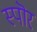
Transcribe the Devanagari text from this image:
स्पॊर